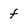
Character: f